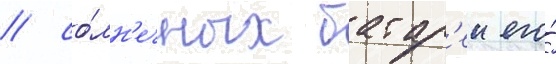
/ со́лн'ечных батар'еи его́